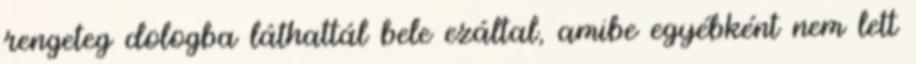
rengeteg dologba láthattál bele ezáltal, amibe egyébként nem lett